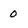
Character: 0